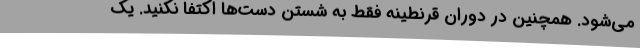
می‌شود. همچنین در دوران قرنطینه فقط به شستن دست‌ها اکتفا نکنید. یک